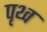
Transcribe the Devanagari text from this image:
पृथ्व